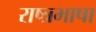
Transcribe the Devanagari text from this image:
राष्त्रभाषा